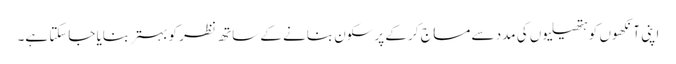
اپنی آنکھوں کو ہتھیلیوں کی مدد سے مساج کر کے پرسکون بنانے کے ساتھ نظر کو بہتر بنایا جاسکتا ہے۔